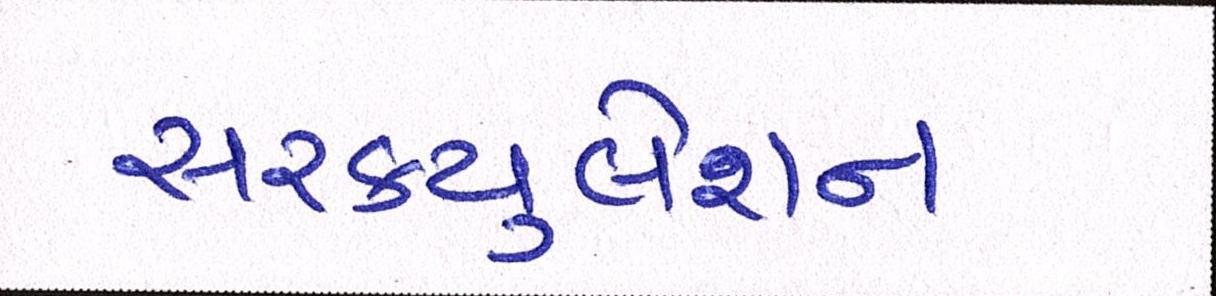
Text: સરકયુલેશન